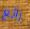
رائع